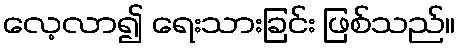
လေ့လာ၍ ရေးသားခြင်း ဖြစ်သည်။